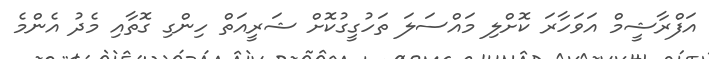
އަފްރާޝީމް އަވަހާރަ ކޮށްލި މައްސަލަ ތަހުގީގުކޮށް ޝަރީއަތް ހިންގި ގޮތާއި މެދު އެންމެ